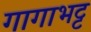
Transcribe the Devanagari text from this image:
गागाभट्ट